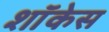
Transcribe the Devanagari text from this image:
शाॅकेस